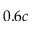
0 . 6 c